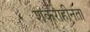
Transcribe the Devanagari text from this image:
शर्कराहीनता